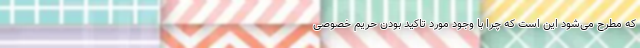
که مطرح می‌شود این است که چرا با وجود مورد تاکید بودن حریم خصوصی